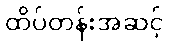
ထိပ်တန်းအဆင့်